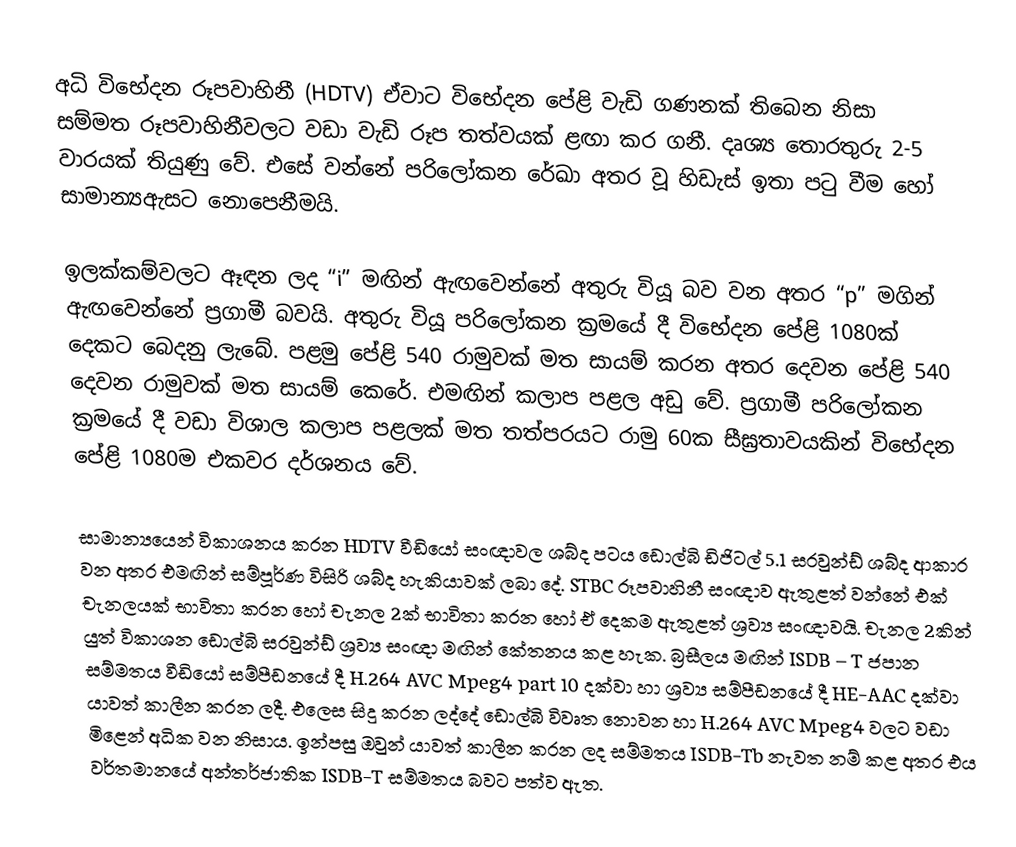
අධි විභේදන රූපවාහිනී (HDTV)  ඒවාට විභේදන පේළි වැඩි ගණනක් තිබෙන නිසා සම්මත රූපවාහිනීවලට වඩා වැඩි රූප තත්වයක් ළඟා කර ගනී. දෘශ්‍ය තොරතුරු 2-5 වාරයක් තියුණු වේ. එසේ වන්නේ පරිලෝකන රේඛා අතර වූ හිඩැස් ඉතා පටු වීම හෝ සාමාන්‍ය‍ඇසට නොපෙනීමයි.

ඉලක්කම්වලට ඈඳන ලද “i” මඟින් ඇඟවෙන්නේ අතුරු වියූ බව වන අතර “p” මගින් ඇඟවෙන්නේ ප්‍රගාමී බවයි. අතුරු වියූ පරිලෝකන ක්‍රමයේ දී විභේදන පේළි 1080ක් දෙකට බෙදනු ලැබේ. පළමු පේළි 540 රාමුවක් මත සායම් කරන අතර දෙවන පේළි 540 දෙවන රාමුවක් මත සායම් කෙරේ. එමඟින් කලාප පළල අඩු වේ. ප්‍රගාමී පරි‍ලෝකන ක්‍රමයේ දී වඩා විශාල කලාප පළලක් මත තත්පරයට රාමු 60ක සීඝ්‍රතාවයකින් විභේදන පේළි 1080ම එකවර දර්ශනය වේ.

සාමාන්‍යයෙන් විකාශනය කරන HDTV වීඩියෝ සංඥාවල ශබ්ද පටය ඩොල්බි ඩිජිටල් 5.1 සරවුන්ඩ් ශබ්ද ආකාර වන අතර එමඟින් සම්පූර්ණ විසිරි ශබ්ද හැකියාවක් ලබා දේ. STBC රූපවාහිනී සංඥාව ඇතුළත් වන්නේ එක් චැනලයක් භාවිතා කරන හෝ චැනල 2ක් භාවිතා කරන හෝ ඒ දෙකම ඇතුළත් ශ්‍රව්‍ය සංඥාවයි. චැනල 2කින් යුත් විකාශන ඩොල්බි සරවුන්ඩ් ශ්‍රව්‍ය සංඥා මඟින් කේතනය කළ හැක. බ්‍රසීලය මඟින් ISDB – T ජපාන සම්මතය වීඩියෝ සම්පීඩනයේ දී H.264 AVC Mpeg4 part 10 දක්වා හා ශ්‍රව්‍ය සම්පීඩනයේ දී HE-AAC දක්වා යාවත් කාලීන කරන ලදී. එලෙස සිදු කරන ලද්දේ ඩොල්බි විවෘත නොවන හා  H.264 AVC Mpeg4 වලට වඩා මිළෙන් අධික වන නිසාය. ඉන්පසු ඔවුන් යාවත් කාලීන කරන ලද සම්මතය ISDB-Tb නැවත නම් කළ අතර එය වර්තමානයේ අන්තර්ජාතික ISDB-T සම්මතය බවට පත්ව ඇත.